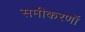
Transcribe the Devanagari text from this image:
समीकरणॉ